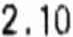
2.10